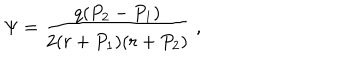
\Psi = { \frac { q ( P _ { 2 } - P _ { 1 } ) } { 2 ( r + P _ { 1 } ) ( r + P _ { 2 } ) } } \ ,